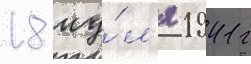
18 иу́л'я 1941 г